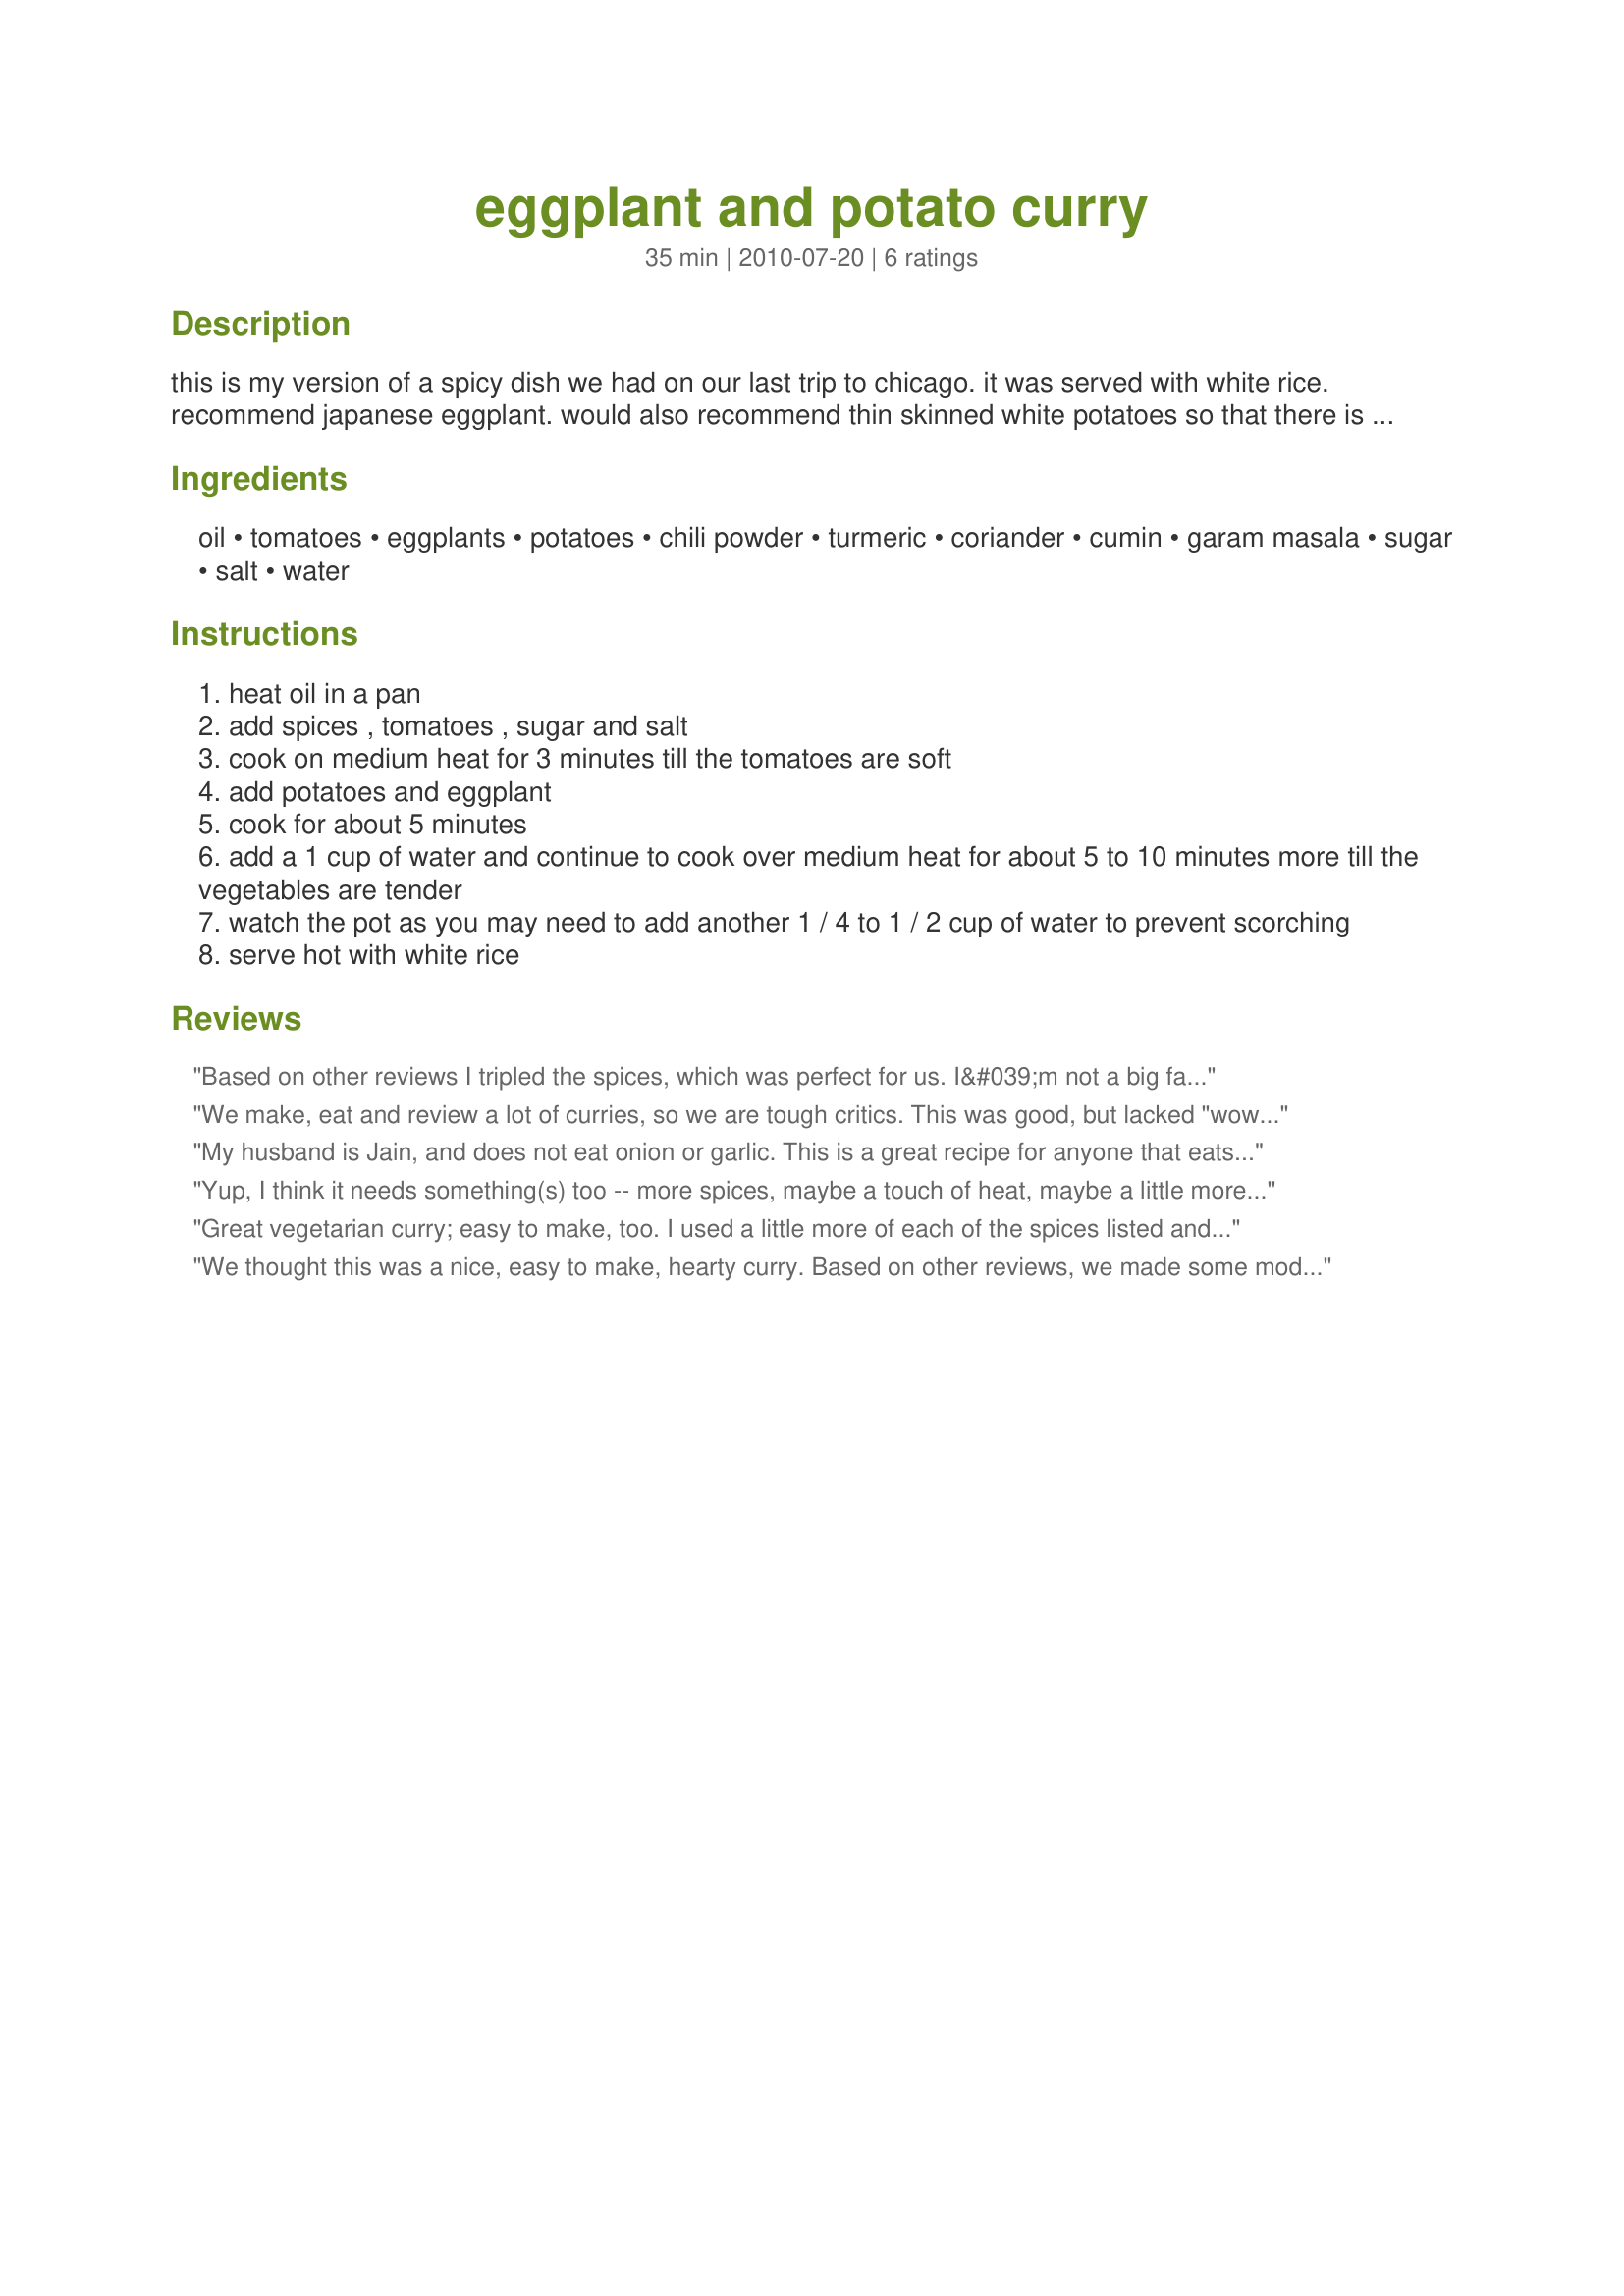
eggplant and potato curry
Preparation time: 35 minutes

this is my version of a spicy dish we had on our last trip to chicago. it was served with white rice. recommend japanese eggplant. would also recommend thin skinned white potatoes so that there is no peeling.

Ingredients:
oil, tomatoes, eggplants, potatoes, chili powder, turmeric, coriander, cumin, garam masala, sugar, salt, water

Steps:
heat oil in a pan
add spices , tomatoes , sugar and salt
cook on medium heat for 3 minutes till the tomatoes are soft
add potatoes and eggplant
cook for about 5 minutes
add a 1 cup of water and continue to cook over medium heat for about 5 to 10 minutes more till the vegetables are tender
watch the pot as you may need to add another 1 / 4 to 1 / 2 cup of water to prevent scorching
serve hot with white rice

Reviews:
Based on other reviews I tripled the spices, which was perfect for us. I&#039;m not a big fan of chewy peels, so think I will probably peel the eggplant and tomatoes next time. Great way to enjoy some fresh eggplant. For ZWT9
We make, eat and review a lot of curries, so we are tough critics. This was good, but lacked "wow factor". I can hardly think of a curry made without onion, garlic, ginger and think this one missed those three things. I garnished the finished dish with mint, but if I'd had it, I'd have used fresh coriander instead. I served this with natural yoghurt on the side which gave it a lift.
My husband is Jain, and does not eat onion or garlic. This is a great recipe for anyone that eats Jain. I added a couple green chilies to bump up the heat.
Yup, I think it needs something(s) too -- more spices, maybe a touch of heat, maybe a little more tomato to catch up with the bland potato and eggplant. It's a good idea in theory, but need to mess with the execution.
Great vegetarian curry; easy to make, too. I used a little more of each of the spices listed and added some chopped garlic just to suit my own taste. I'm sure this is fantastic iver rice, but I was happy with it just by itself. Chopped fresh parsley is great as a granish for this. Thanx!
We thought this was a nice, easy to make, hearty curry. Based on other reviews, we made some modifications: added a chopped onion, 3 cloves of garlic, cilantro for garnish and increased the spices to 1 tsp. I think we would have preferred even more than 1 tsp next time. This felt healthy and was easy for a weeknight meal. We served over basmati rice. Thanks!
